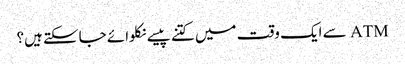
ATM سے ایک وقت میں کتنے پیسے نکلوائے جاسکتے ہیں؟